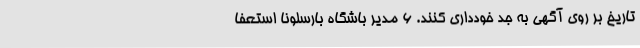
تاریخ بر روی آگهی به جد خودداری کنند. 6 مدیر باشگاه بارسلونا استعفا